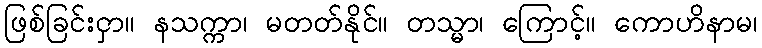
ဖြစ်ခြင်းငှာ။ နသက္ကာ၊ မတတ်နိုင်။ တသ္မာ၊ ကြောင့်။ ကောဟိနာမ၊